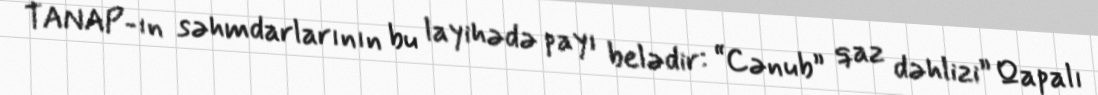
TANAP-ın səhmdarlarının bu layihədə payı belədir: “Cənub” qaz dəhlizi” Qapalı